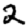
Digit: 2